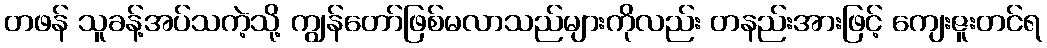
တဖန် သူခန့်အပ်သကဲ့သို့ ကျွန်တော်ဖြစ်မလာသည်များကိုလည်း တနည်းအားဖြင့် ကျေးဇူးတင်ရ